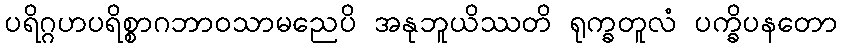
ပရိဂ္ဂဟပရိစ္စာဂဘာဝသာမညေပိ အနုဘူယိဿတိ ရုက္ခတူလံ ပက္ခိပနတော